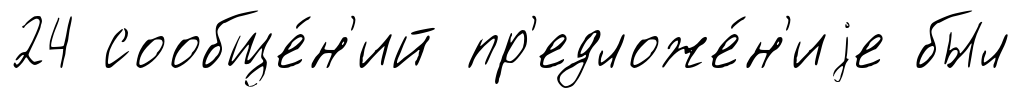
24 сообще́н'ий пр'едложе́н'иjе был